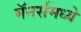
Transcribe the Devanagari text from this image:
मॅनर्समध्ये